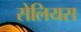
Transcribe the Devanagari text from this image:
सेलियस